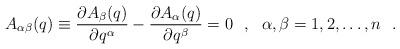
LaTeX: \begin{align*}A_{\alpha\beta}(q)\equiv\frac{\partial A_\beta(q)}{\partial q^\alpha}-\frac{\partial A_\alpha(q)}{\partial q^\beta}=0\ \ ,\ \ \alpha,\beta=1,2,\dots,n\ \ .\end{align*}